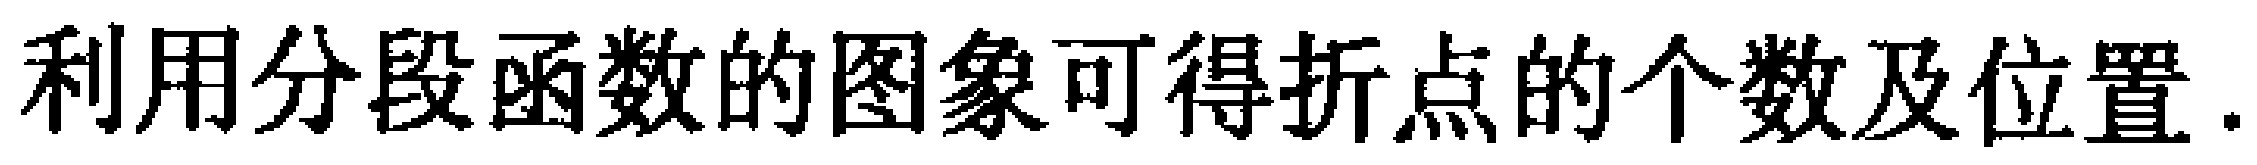
利用分段函数的图象可得折点的个数及位置.